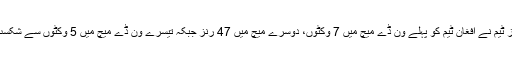
ویسٹ انڈیز ٹیم نے افغان ٹیم کو پہلے ون ڈے میچ میں 7 وکٹوں، دوسرے میچ میں 47 رنز جبکہ تیسرے ون ڈے میچ میں 5 وکٹوں سے شکست دی تھی۔